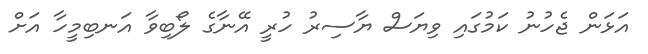
އަޅަން ޖެހުނު ކަމުގައި ވިޔަސް ޔާސިރު ހުރީ އޭނާގެ ލޯބިވާ އަނބިމީހާ އަށް